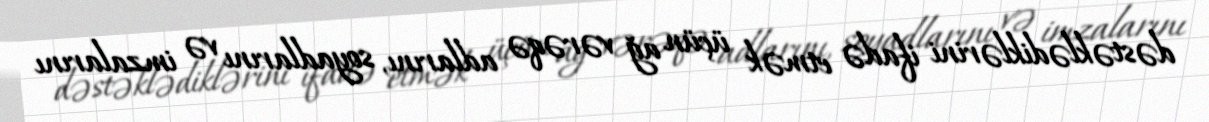
dəstəklədiklərini ifadə etmək üçün ağ vərəqə adlarını, soyadlarını və imzalarını